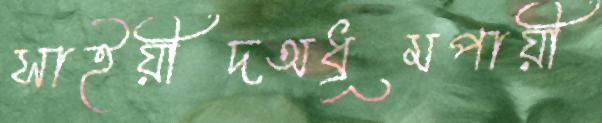
সাইয়ীদঅধূমপায়ী